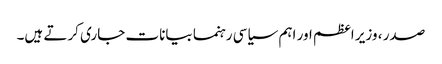
صدر ، وزیر اعظم اور اہم سیاسی رہنما بیانات جاری کرتے ہیں۔